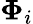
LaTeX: \boldsymbol{\Phi}_{i}